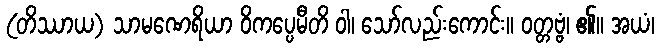
(တိဿာယ) သာမဏေရိယာ ဝိကပ္ပေမီတိ ဝါ၊ သော်လည်းကောင်း။ ဝတ္တဗ္ဗံ၊ ၏။ အယံ၊